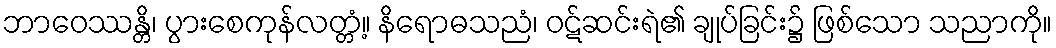
ဘာဝေဿန္တိ၊ ပွားစေကုန်လတ္တံ့။ နိရောဓသညံ၊ ဝဋ်ဆင်းရဲ၏ ချုပ်ခြင်း၌ ဖြစ်သော သညာကို။